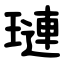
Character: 璉